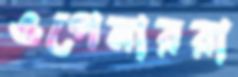
ওপেনাররা